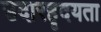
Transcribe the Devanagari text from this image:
उदारहृदयता